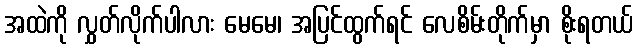
အထဲကို လွှတ်လိုက်ပါလား မေမေ၊ အပြင်ထွက်ရင် လေစိမ်းတိုက်မှာ စိုးရတယ်